65_HS1-834228961_62-HQ-83894_Section_8
Agency: FBI
Page 211
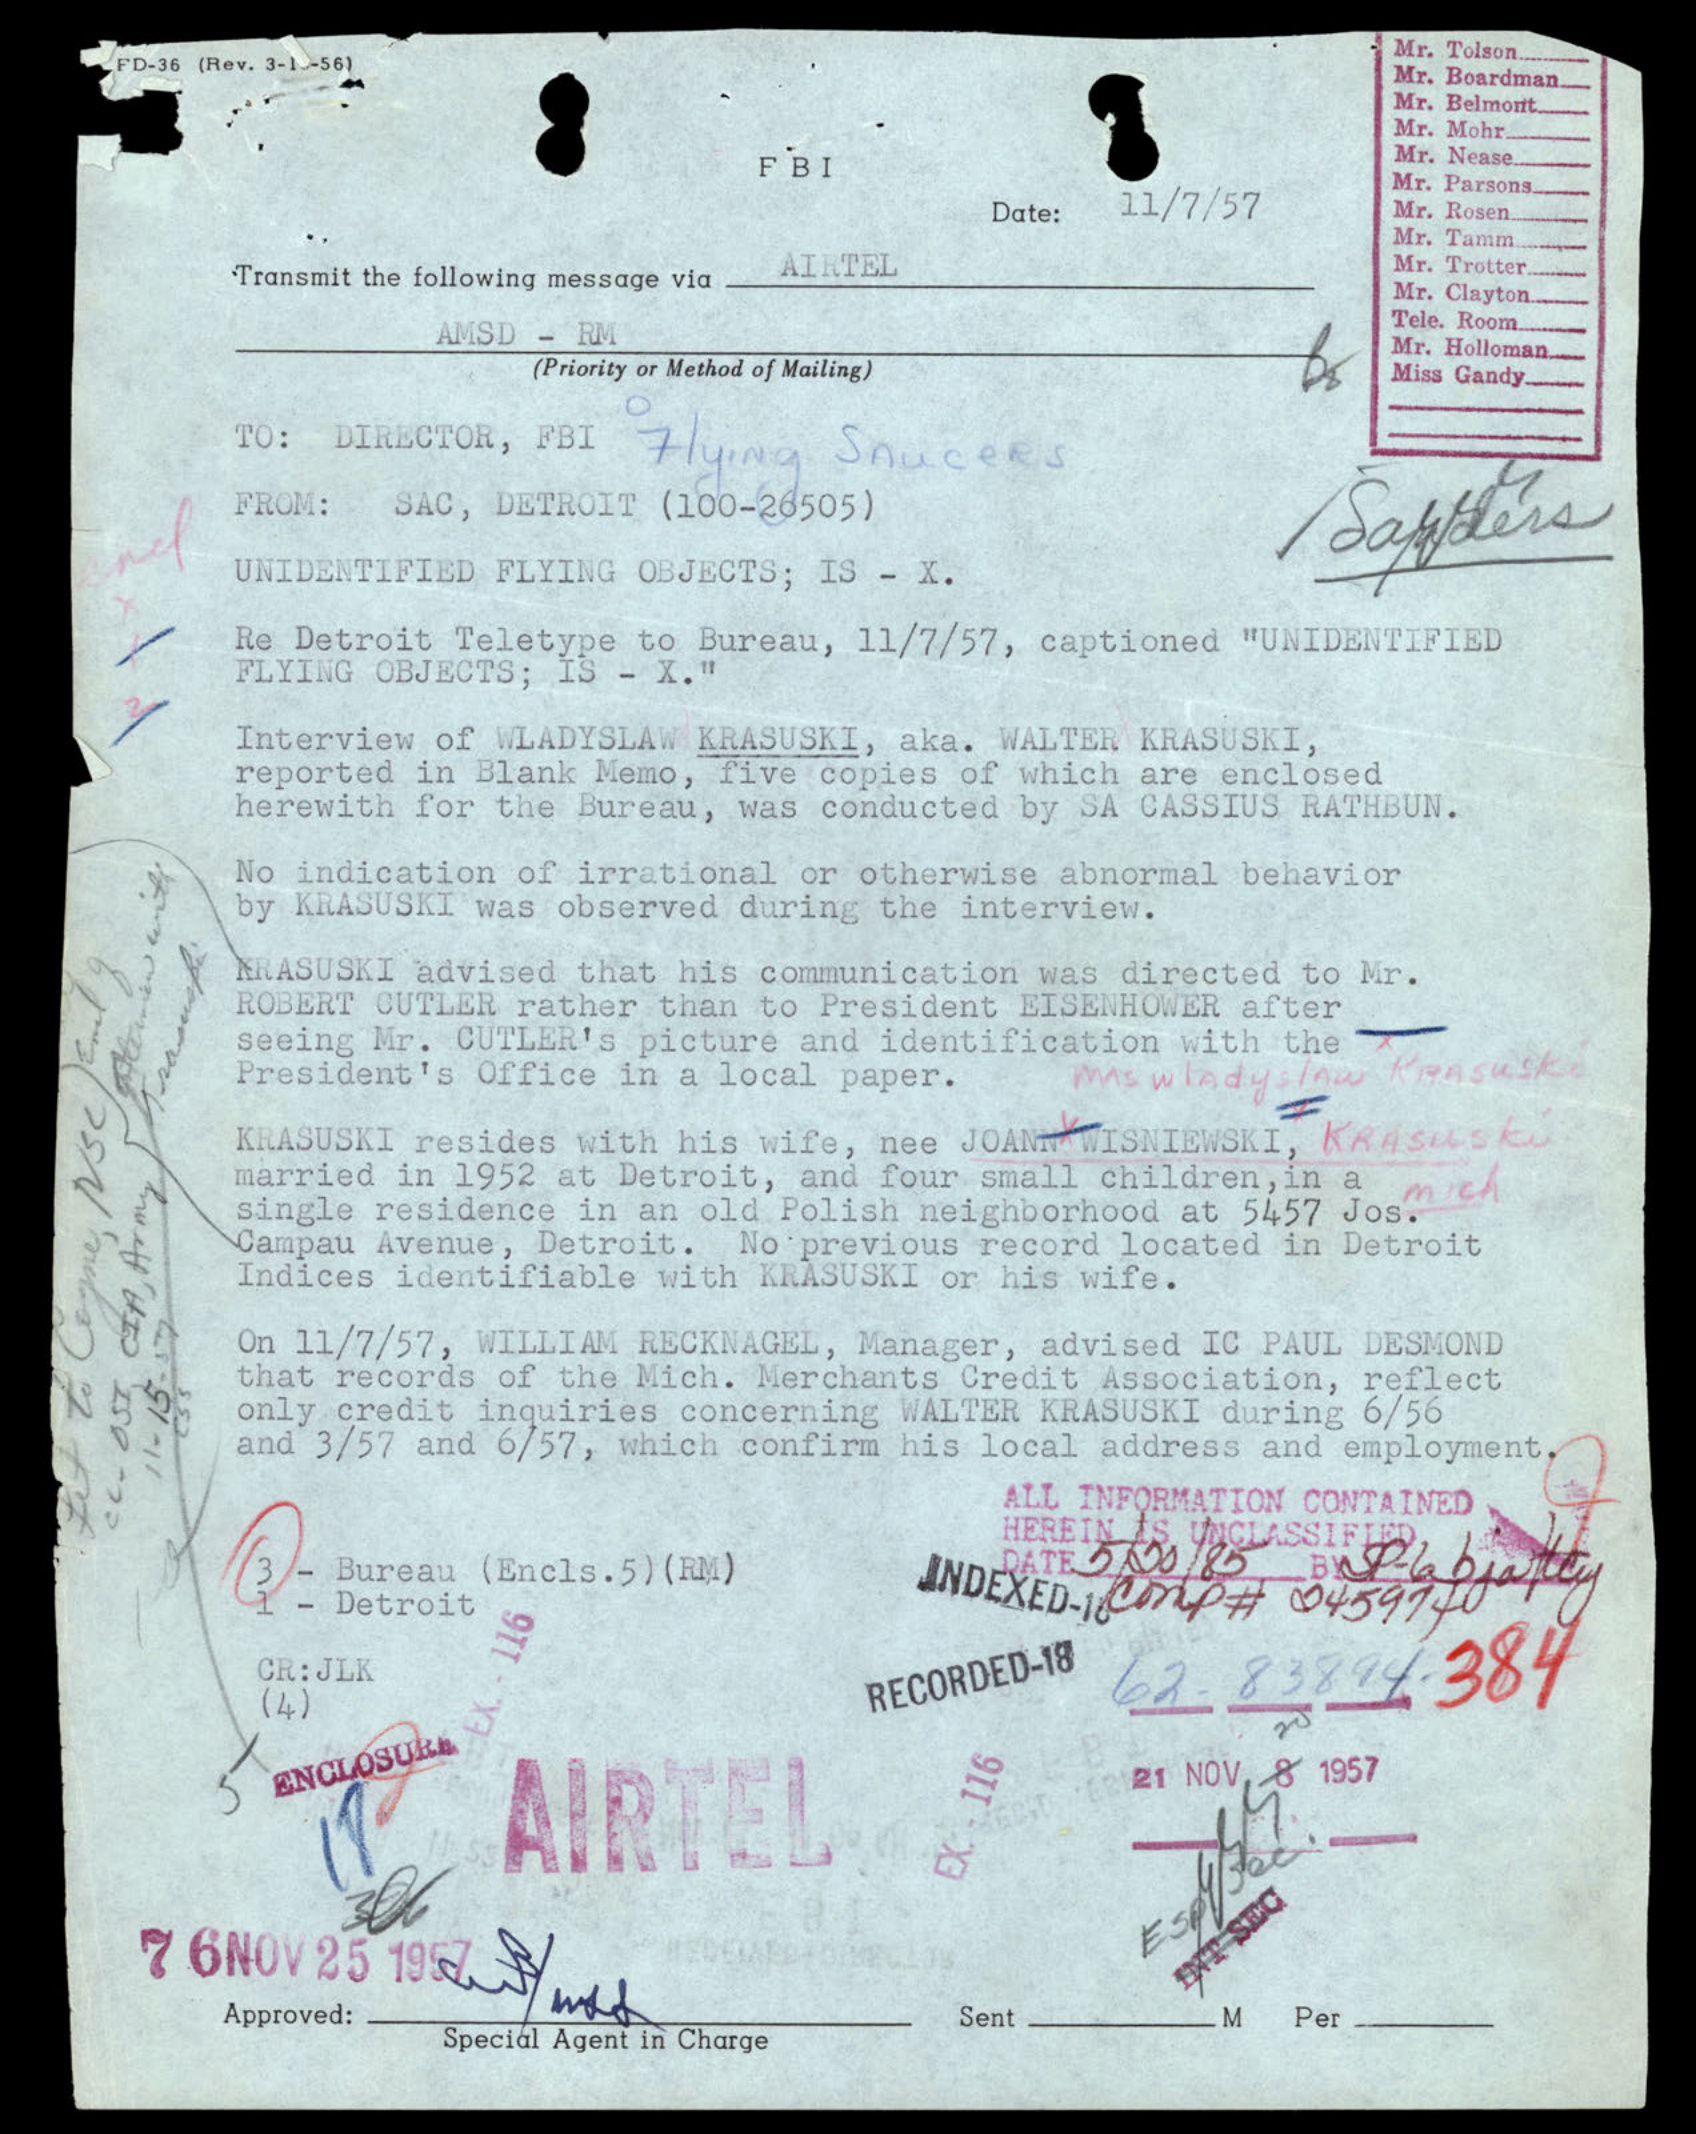